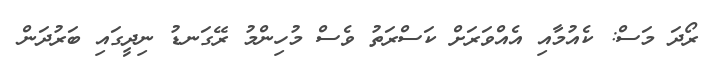
ރޯދަ މަސް: ކެއުމާއި އެއްވަރަށް ކަސްރަތު ވެސް މުހިންމު ރޭގަނޑު ނިދީގައި ބަރުދަން